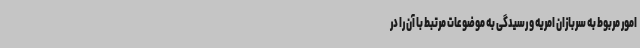
امور مربوط به سربازان امریه و رسیدگی به موضوعات مرتبط با آن را در